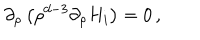
\partial _ { \rho } \left( \rho ^ { d - 3 } \partial _ { \rho } H _ { i } \right) = 0 \, ,